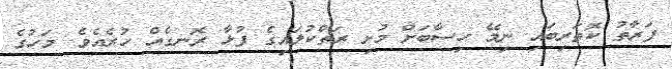
ފަރާތު ކޮތަރިބައި ނިމޭ ހިސާބަށް މުށި ރަތްކުލައިގެ ފުޅާ ރޮނގެއް ހުރެއެވެ. މަހުގެ